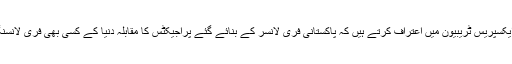
او ڈیسک کے نائب صدر میٹ کُوپر (Matt Cooper)ایکسپریس ٹریبیون میں اعتراف کرتے ہیں کہ پاکستانی فری لانسر کے بنائے گئے پراجیکٹس کا مقابلہ دنیا کے کسی بھی فری لانسنگ ملک کے بنائے گئے پراجیکٹس سے کیا جاسکتا ہے۔